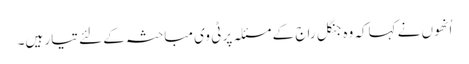
اُنھوں نے کہاکہ وہ جنگل راج کے مسئلہ پر ٹی وی مباحثہ کے لئے تیار ہیں۔